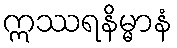
ဣဿရနိမ္မာနံ